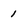
Character: 1